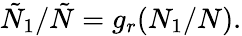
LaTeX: \begin{array}{r}{\tilde{N}_{1}/\tilde{N}=g_{r}(N_{1}/N).}\end{array}